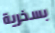
بسخرية